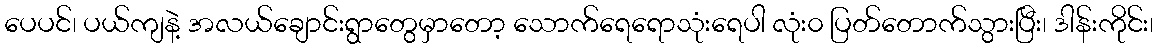
ပေပင်၊ ပယ်ကျနဲ့ အလယ်ချောင်းရွာတွေမှာတော့ သောက်ရေရောသုံးရေပါ လုံး၀ ပြတ်တောက်သွားပြီး၊ ဒါန်းကိုင်း၊